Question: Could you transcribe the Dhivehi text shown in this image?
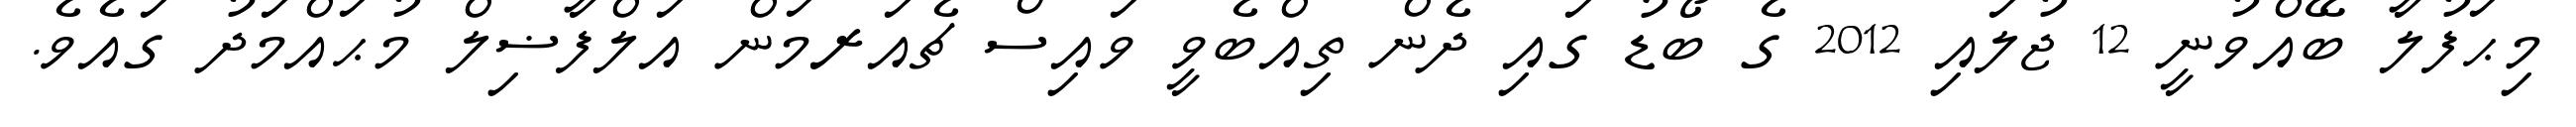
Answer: މިޙަފުލާ ބޭއްވުނީ 12 ޖުލައި 2012 ގެ ބޯޑު ގައި ދެން ތިއްބެވީ ވައިސް ޗެއަރމަން އަލްފާޟިލް މުޙައްމަދު ގައެވެ.